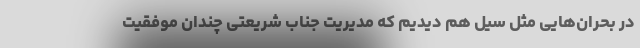
در بحران‌هایی مثل سیل هم دیدیم که مدیریت جناب شریعتی چندان موفقیت